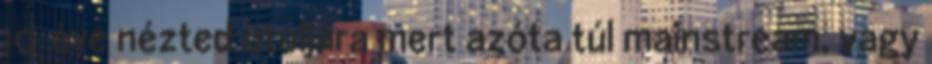
10 éve nézted utoljára mert azóta túl mainstream, vagy